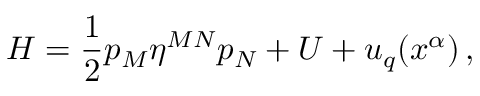
H = \frac { 1 } { 2 } p _ { M } \eta ^ { M N } p _ { N } + U + u _ { q } ( x ^ { \alpha } ) \, ,